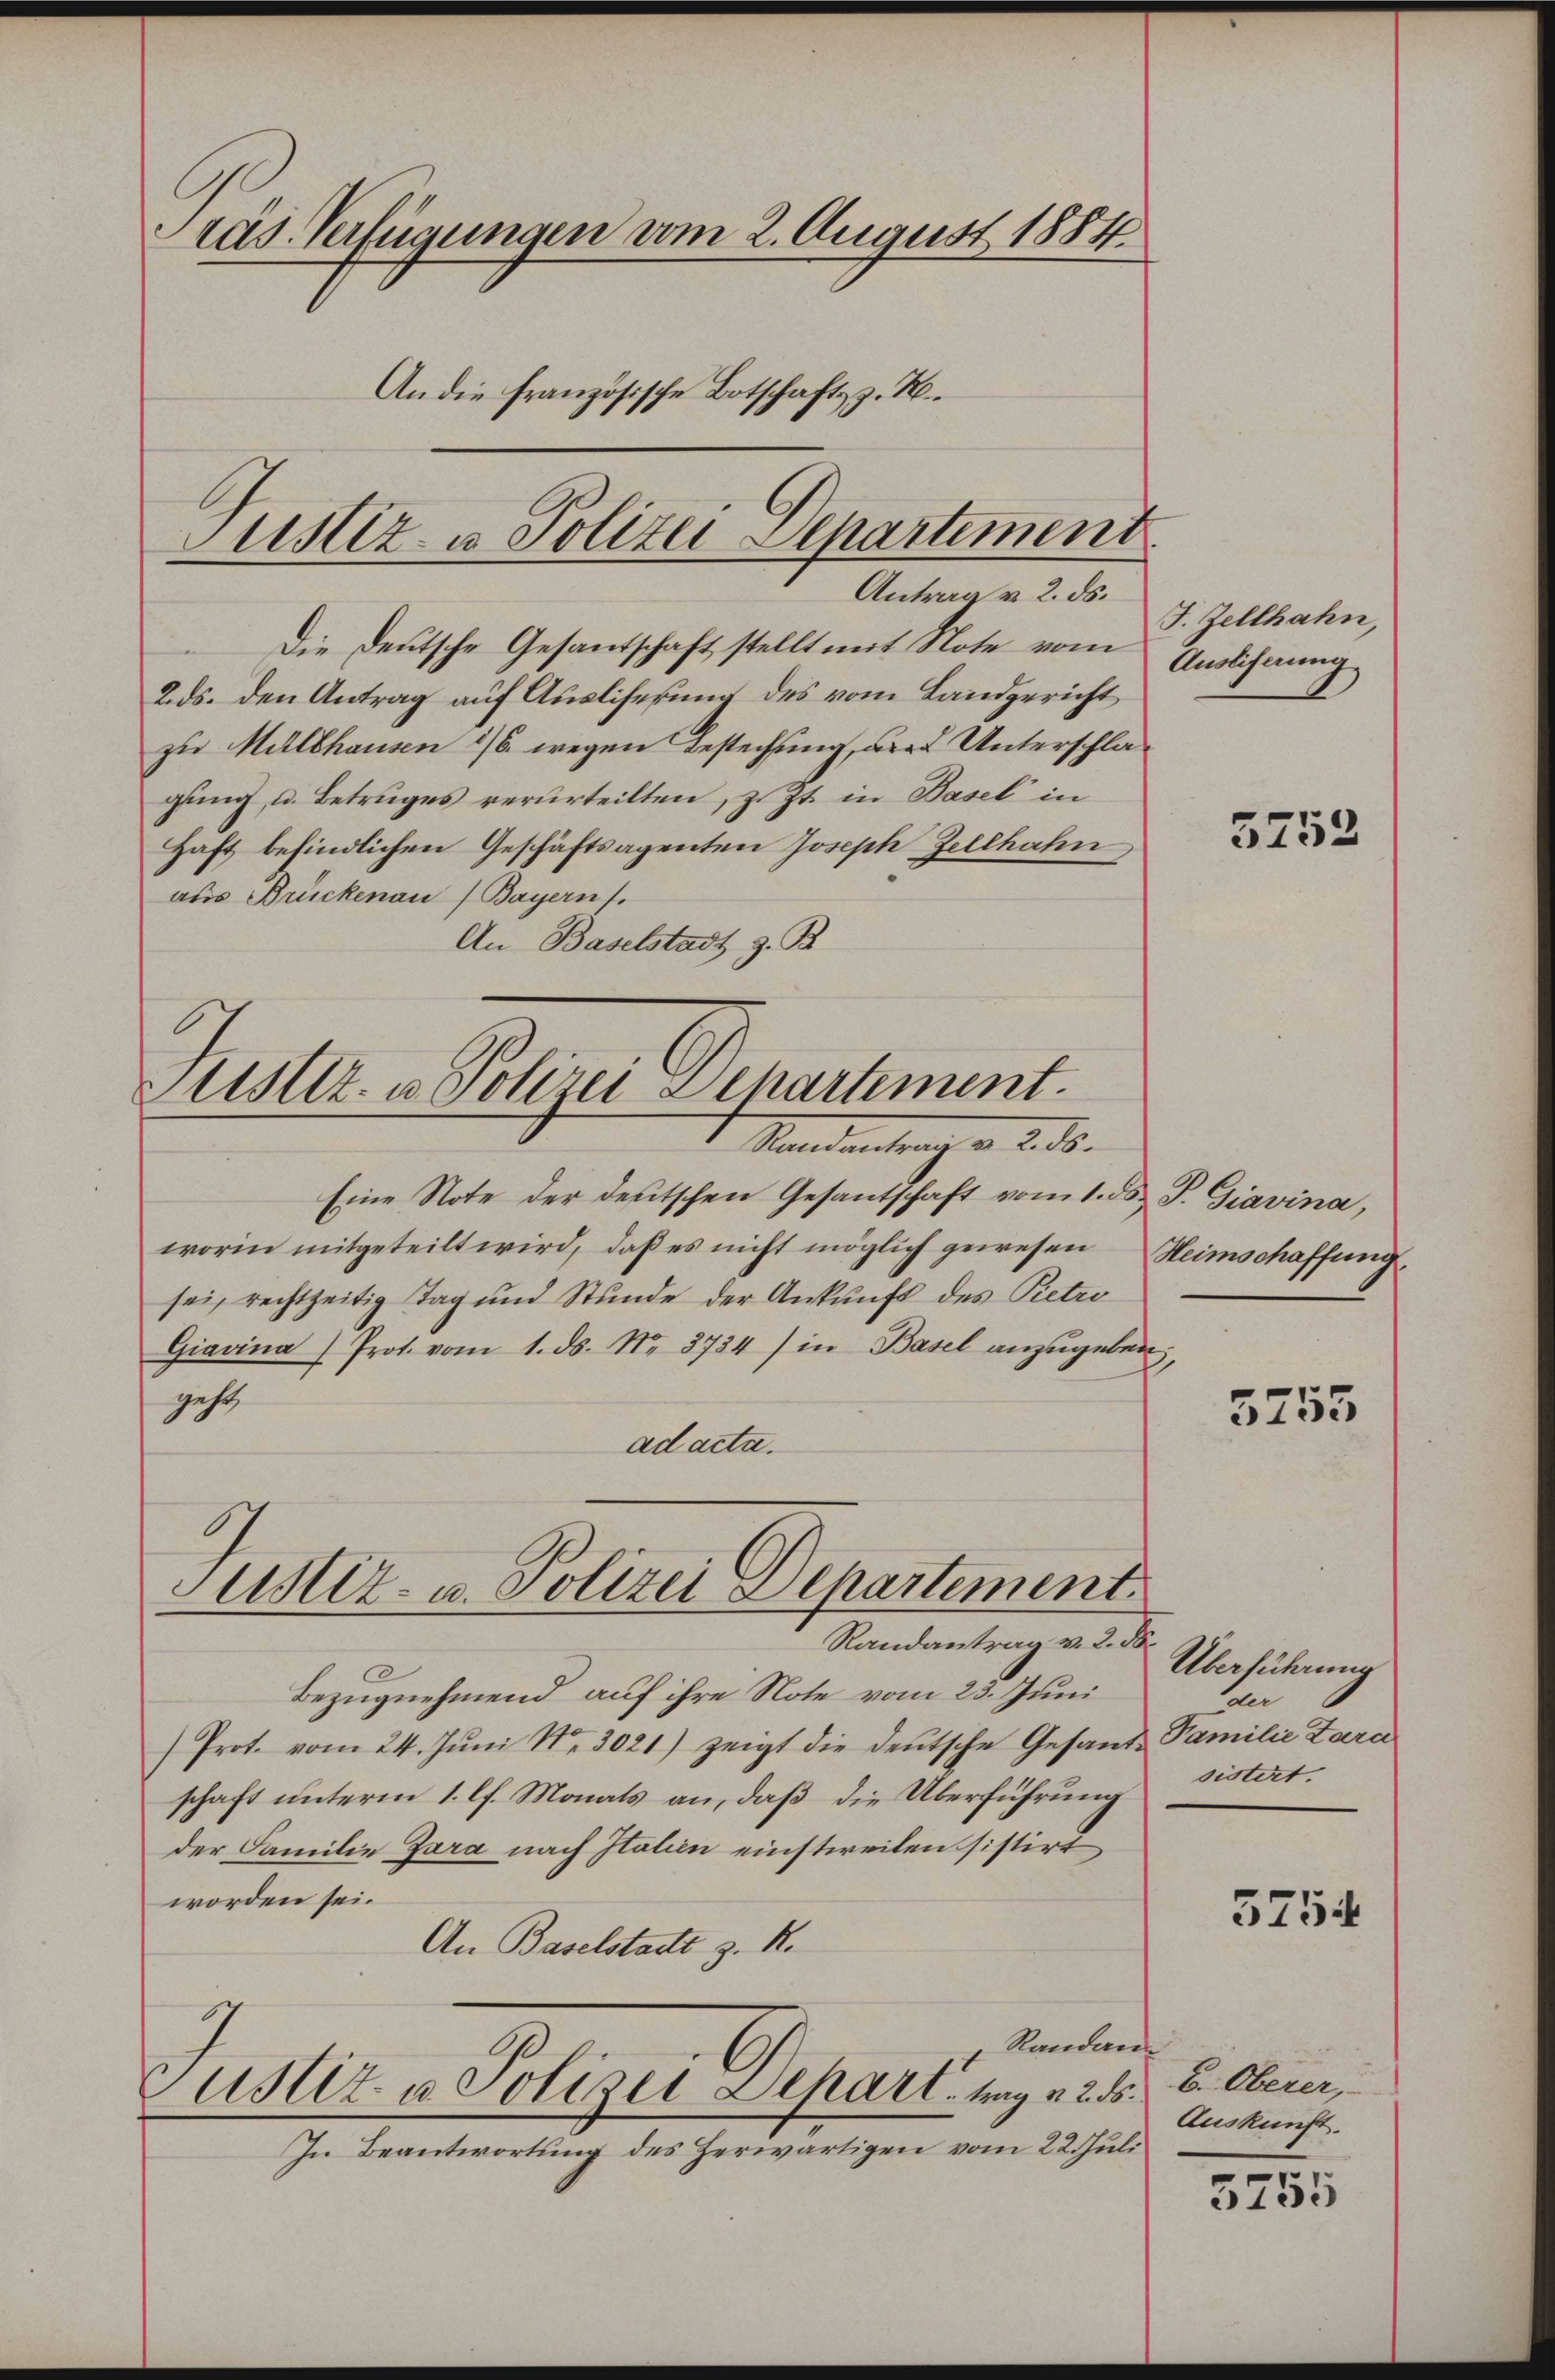
räs. Verfügungen vom 2. August 1884
An die französische Botschaft z. B.

Justiz- u Polizei Departement
Antrag v. 2. ds.

Die Deutsche Gesantschaft stellt mit Note vom Auslichnung
2. ds. den Antrag auf Ausliserung des vom Landgericht
zu Müllhausen 1/6. wegen Bestechung, die 2. Unterschlagung, u. Betruges verurteilten, z. Zt. in Basel in
Haft befindlichen Geschäftsagenten Joseph Zellhahn
aus Brückenau (Bayern).
An Baselstadt z. B.

Eine Note der deutschen Gesantschaft vom 1. ds. P. Giavina,
worin mitgeteilt wird, daß es nicht möglich gewesen Heimschaffung
sei, rechtzeitig Tag und Stunde der Ankunft des Petro
Giavina (Prot. vom 1. ds. Nr. 3734) in Basel anzŭgeben,
gehe
ad acta.

Bezugnehmend auf ihre Note vom 23. Juni
Prot. vom 24. Jŭni N. 3021) zeigt die deŭtsche Gesand-Familie Zara
schaft unterm 1. lf. Monats an, daß die Überführung sistertder Familie Zara nach Italien einstweilen sistirt
worden sei.
An Baselstadt z. R.
Randan¬
Justiz- u. Polizei Depart. tag 1255.
In Beantwortung des Herwärtigen vom 22. Juli

Sistiz- u. Polizei Departement.
Randantrag v. 2. ds.

Justiz- u. Polizei Departement
Randantrag v. 2. ds.

F. Zellhahn,

5253

3755

Überführung
der

3754

b. Oberer,
Auskunft.

3755